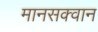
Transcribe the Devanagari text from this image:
मानसक्वान